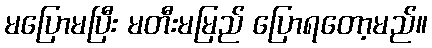
မပြောမပြီး မတီးမမြည် ပြောရတော့မည်။